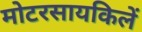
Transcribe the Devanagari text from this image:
मोटरसायकिलें